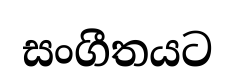
සංගීතයට